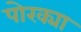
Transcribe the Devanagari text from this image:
पोरक्या